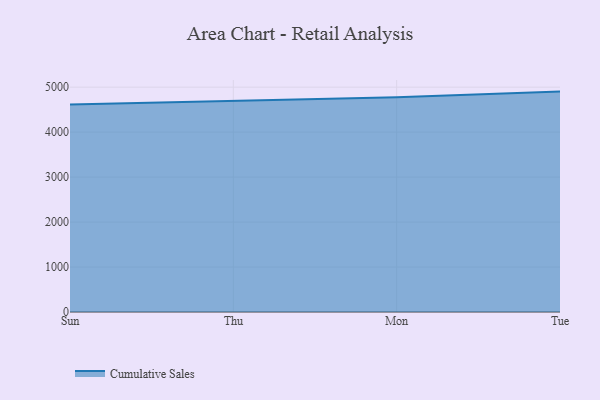
{"axis": {"x": "Day", "y": "Inventory Turnover"}, "legend": ["Cumulative Sales"], "data": [{"x": "Sun", "y": 4612.8, "type": "Cumulative Sales"}, {"x": "Thu", "y": 4688.2, "type": "Cumulative Sales"}, {"x": "Mon", "y": 4773.7, "type": "Cumulative Sales"}, {"x": "Tue", "y": 4901.2, "type": "Cumulative Sales"}]}